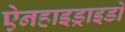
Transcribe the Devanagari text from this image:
ऐनहाइड्राइडों